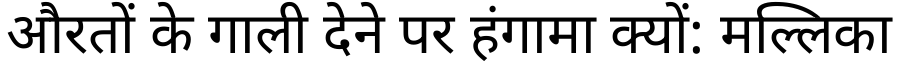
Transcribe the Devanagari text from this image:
औरतों के गाली देने पर हंगामा क्यों: मल्लिका